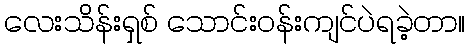
လေးသိန်းရှစ် သောင်းဝန်းကျင်ပဲရခဲ့တာ။